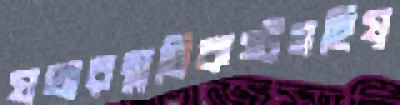
যথারম্নচিকষ্টসহিষ্